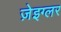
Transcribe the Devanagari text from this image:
ज़ेइग्लर